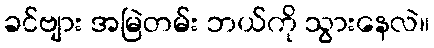
ခင်ဗျား အမြဲတမ်း ဘယ်ကို သွားနေလဲ။